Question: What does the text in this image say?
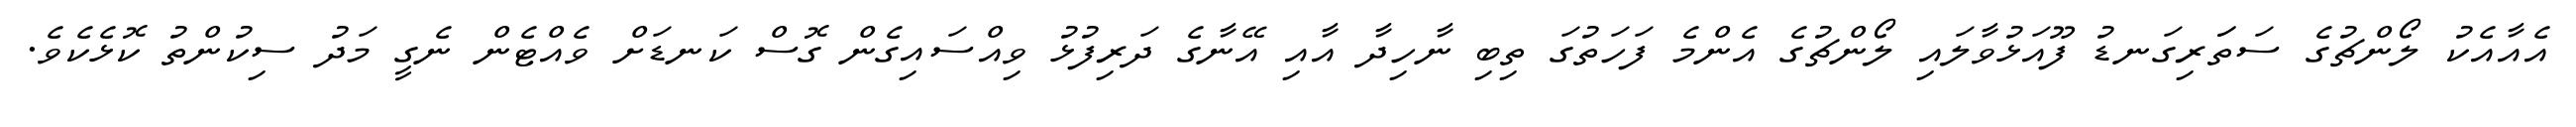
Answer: އެއާއެކު ލޯންޗުގެ ސަތަަރިގަނޑު ފޫއަޅުވާލައި ލޯންޗުގެ އެންމެ ފަހަތުގަ ތިބި ނާހިދާ އާއި އޭނާގެ ދަރިފުޅު ވިއްސައިގެން ގޮސް ކަނޑަށް ވެއްޓެން ނެގީ މަދު ސިކުންތު ކޮޅެކެވެ.